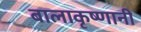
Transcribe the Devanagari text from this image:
बालाकृष्णानी